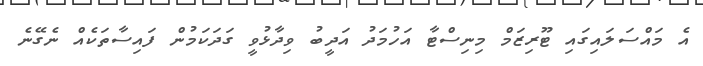
އެ މައްސަލައިގައި ޓޫރިޒަމް މިނިސްޓާ އަހުމަދު އަދީބު ވިދާޅުވީ ގަދަކަމުން ފައިސާތަކެއް ނެގޭނެ